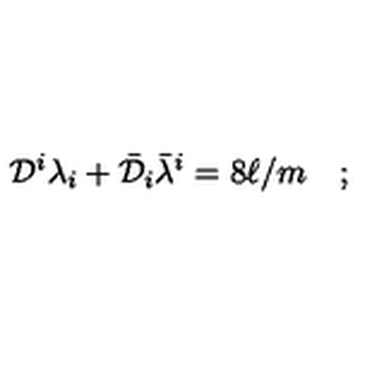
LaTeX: { \cal D } ^ { i } \lambda _ { i } + \bar { \cal D } _ { i } \bar { \lambda } ^ { i } = 8 \ell / m \quad ;